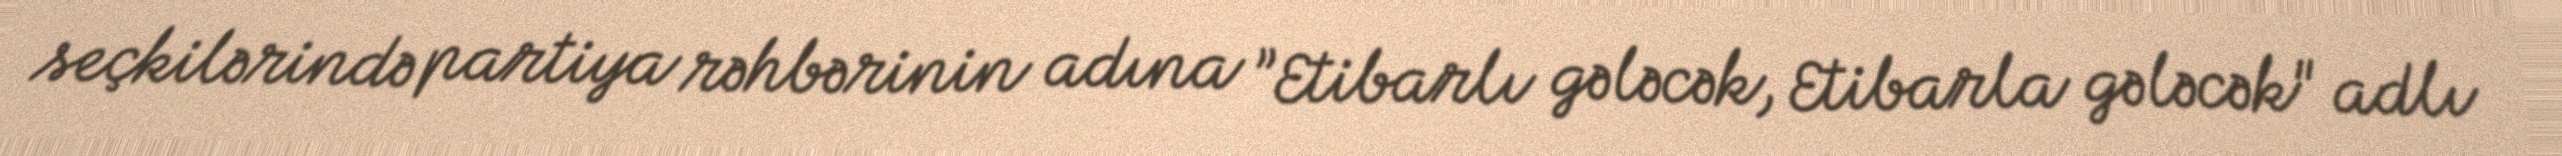
seçkilərində partiya rəhbərinin adına ”Etibarlı gələcək, Etibarla gələcək" adlı